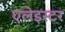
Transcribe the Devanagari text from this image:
एलेइस्टर